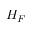
H _ { F }